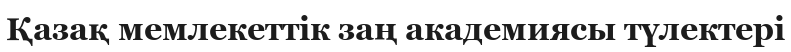
Қазақ мемлекеттік заң академиясы түлектері